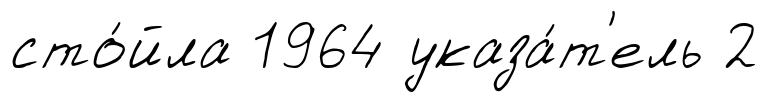
сто́йла 1964 указа́т'ель 2